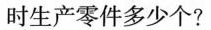
时生产零件多少个?